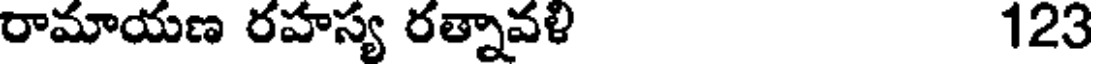
రామాయణ రహస్య రత్నావళి 123